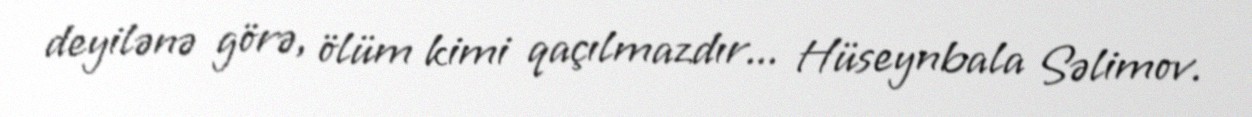
deyilənə görə, ölüm kimi qaçılmazdır... Hüseynbala Səlimov.